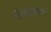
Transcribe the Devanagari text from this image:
रिइनफ़ोर्स्ड